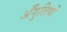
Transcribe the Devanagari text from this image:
अँगुलियो